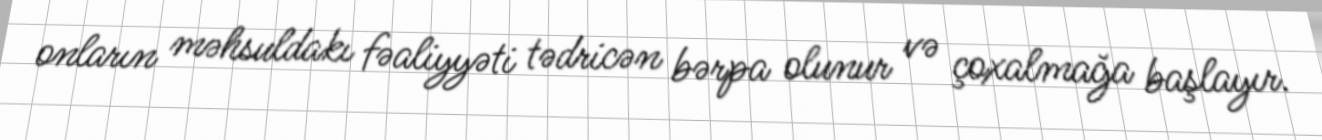
onların məhsuldakı fəaliyyəti tədricən bərpa olunur və çoxalmağa başlayır.